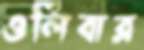
ওলিবার